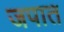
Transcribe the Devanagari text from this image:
जपात